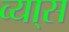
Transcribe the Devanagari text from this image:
व्या्स